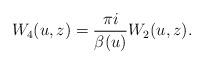
LaTeX: \begin{gather*} W_4(u,z)=\frac{\pi i}{\beta(u)} W_2(u,z) .\end{gather*}